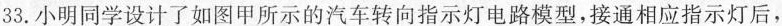
33.小明同学设计了如图甲所示的汽车转向指示灯电路模型，接通相应指示灯后，